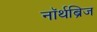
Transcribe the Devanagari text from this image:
नॉर्थब्रिज